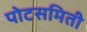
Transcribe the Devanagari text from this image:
पोटसमिती